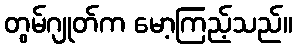
တွမ်ဂျုတ်က မော့ကြည့်သည်။